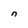
Character: n